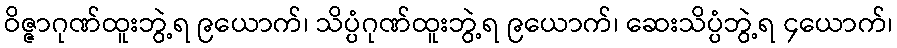
ဝိဇ္ဇာဂုဏ်ထူးဘွဲ့ရ ၉ယောက်၊ သိပ္ပံဂုဏ်ထူးဘွဲ့ရ ၉ယောက်၊ ဆေးသိပ္ပံဘွဲ့ရ ၄ယောက်၊